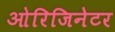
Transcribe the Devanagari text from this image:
ओरिजिनेटर